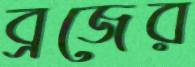
ব্রজের